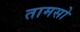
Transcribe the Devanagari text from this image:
तामसो